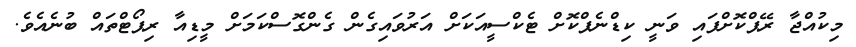
މިކުއްޖާ ރޭޕްކޮށްފައި ވަނީ ކިޑްނެޕްކޮށް ޓެކްސީއަކަށް އަރުވައިގެން ގެންގޮސްކަމަށް މީޑިއާ ރިޕޯޓްތައް ބުނެއެވެ.